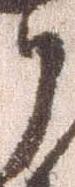
御